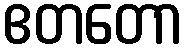
ဧတတော